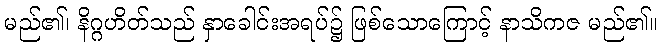
မည်၏၊ နိဂ္ဂဟိတ်သည် နှာခေါင်းအရပ်၌ ဖြစ်သောကြောင့် နာသိကဇ မည်၏။